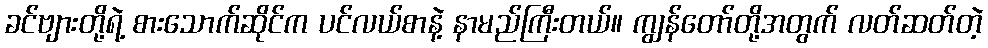
ခင်ဗျားတို့ရဲ့ စားသောက်ဆိုင်က ပင်လယ်စာနဲ့ နာမည်ကြီးတယ်။ ကျွန်တော်တို့အတွက် လတ်ဆတ်တဲ့